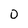
Character: 0